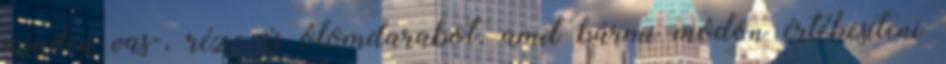
minden vas-, réz- és ólomdarabot, amit bármi módon értékesíteni